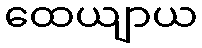
ထေယျာယ